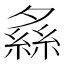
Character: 𦂞